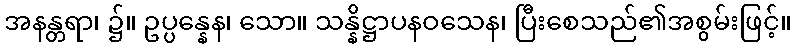
အနန္တရာ၊ ၌။ ဥပ္ပန္နေန၊ သော။ သန္နိဋ္ဌာပနဝသေန၊ ပြီးစေသည်၏အစွမ်းဖြင့်။